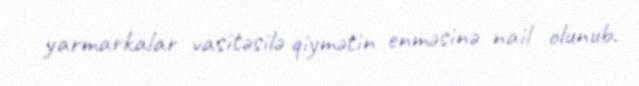
yarmarkalar vasitəsilə qiymətin enməsinə nail olunub.